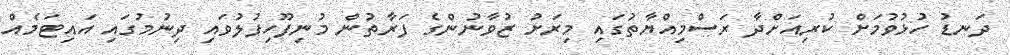
ދަނޑު ހުޅުވުމަށް ކުރިއަށްދާ ރަސްމިއްޔާތުގައި މިރަށު ޒުވާނުންގެ ފަރާތުން މުނިފޫހިފުލުވައި ދިނުމުގައި އައިޓަމެއް